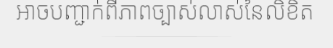
អាចបញ្ជាក់ពីភាពច្បាស់លាស់នៃលិខិត